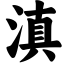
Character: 滇